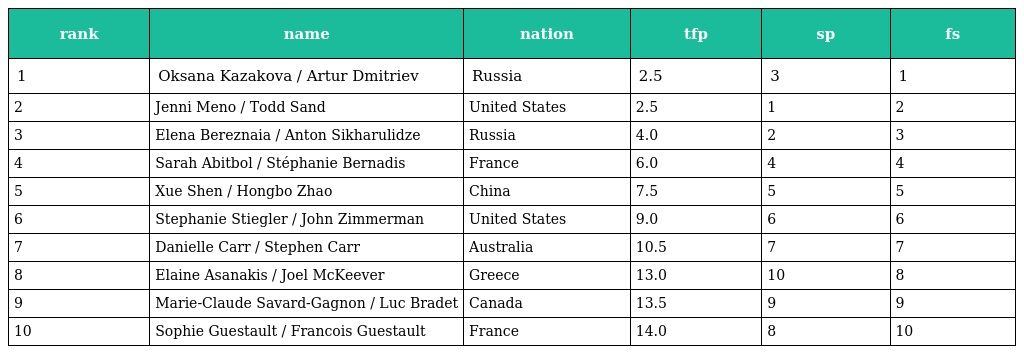
| rank | name | nation | tfp | sp | fs |
 | --- | --- | --- | --- | --- | --- |
 | 1 | Oksana Kazakova / Artur Dmitriev | Russia | 2.5 | 3 | 1 |
 | 2 | Jenni Meno / Todd Sand | United States | 2.5 | 1 | 2 |
 | 3 | Elena Bereznaia / Anton Sikharulidze | Russia | 4.0 | 2 | 3 |
 | 4 | Sarah Abitbol / Stéphanie Bernadis | France | 6.0 | 4 | 4 |
 | 5 | Xue Shen / Hongbo Zhao | China | 7.5 | 5 | 5 |
 | 6 | Stephanie Stiegler / John Zimmerman | United States | 9.0 | 6 | 6 |
 | 7 | Danielle Carr / Stephen Carr | Australia | 10.5 | 7 | 7 |
 | 8 | Elaine Asanakis / Joel McKeever | Greece | 13.0 | 10 | 8 |
 | 9 | Marie-Claude Savard-Gagnon / Luc Bradet | Canada | 13.5 | 9 | 9 |
 | 10 | Sophie Guestault / Francois Guestault | France | 14.0 | 8 | 10 |